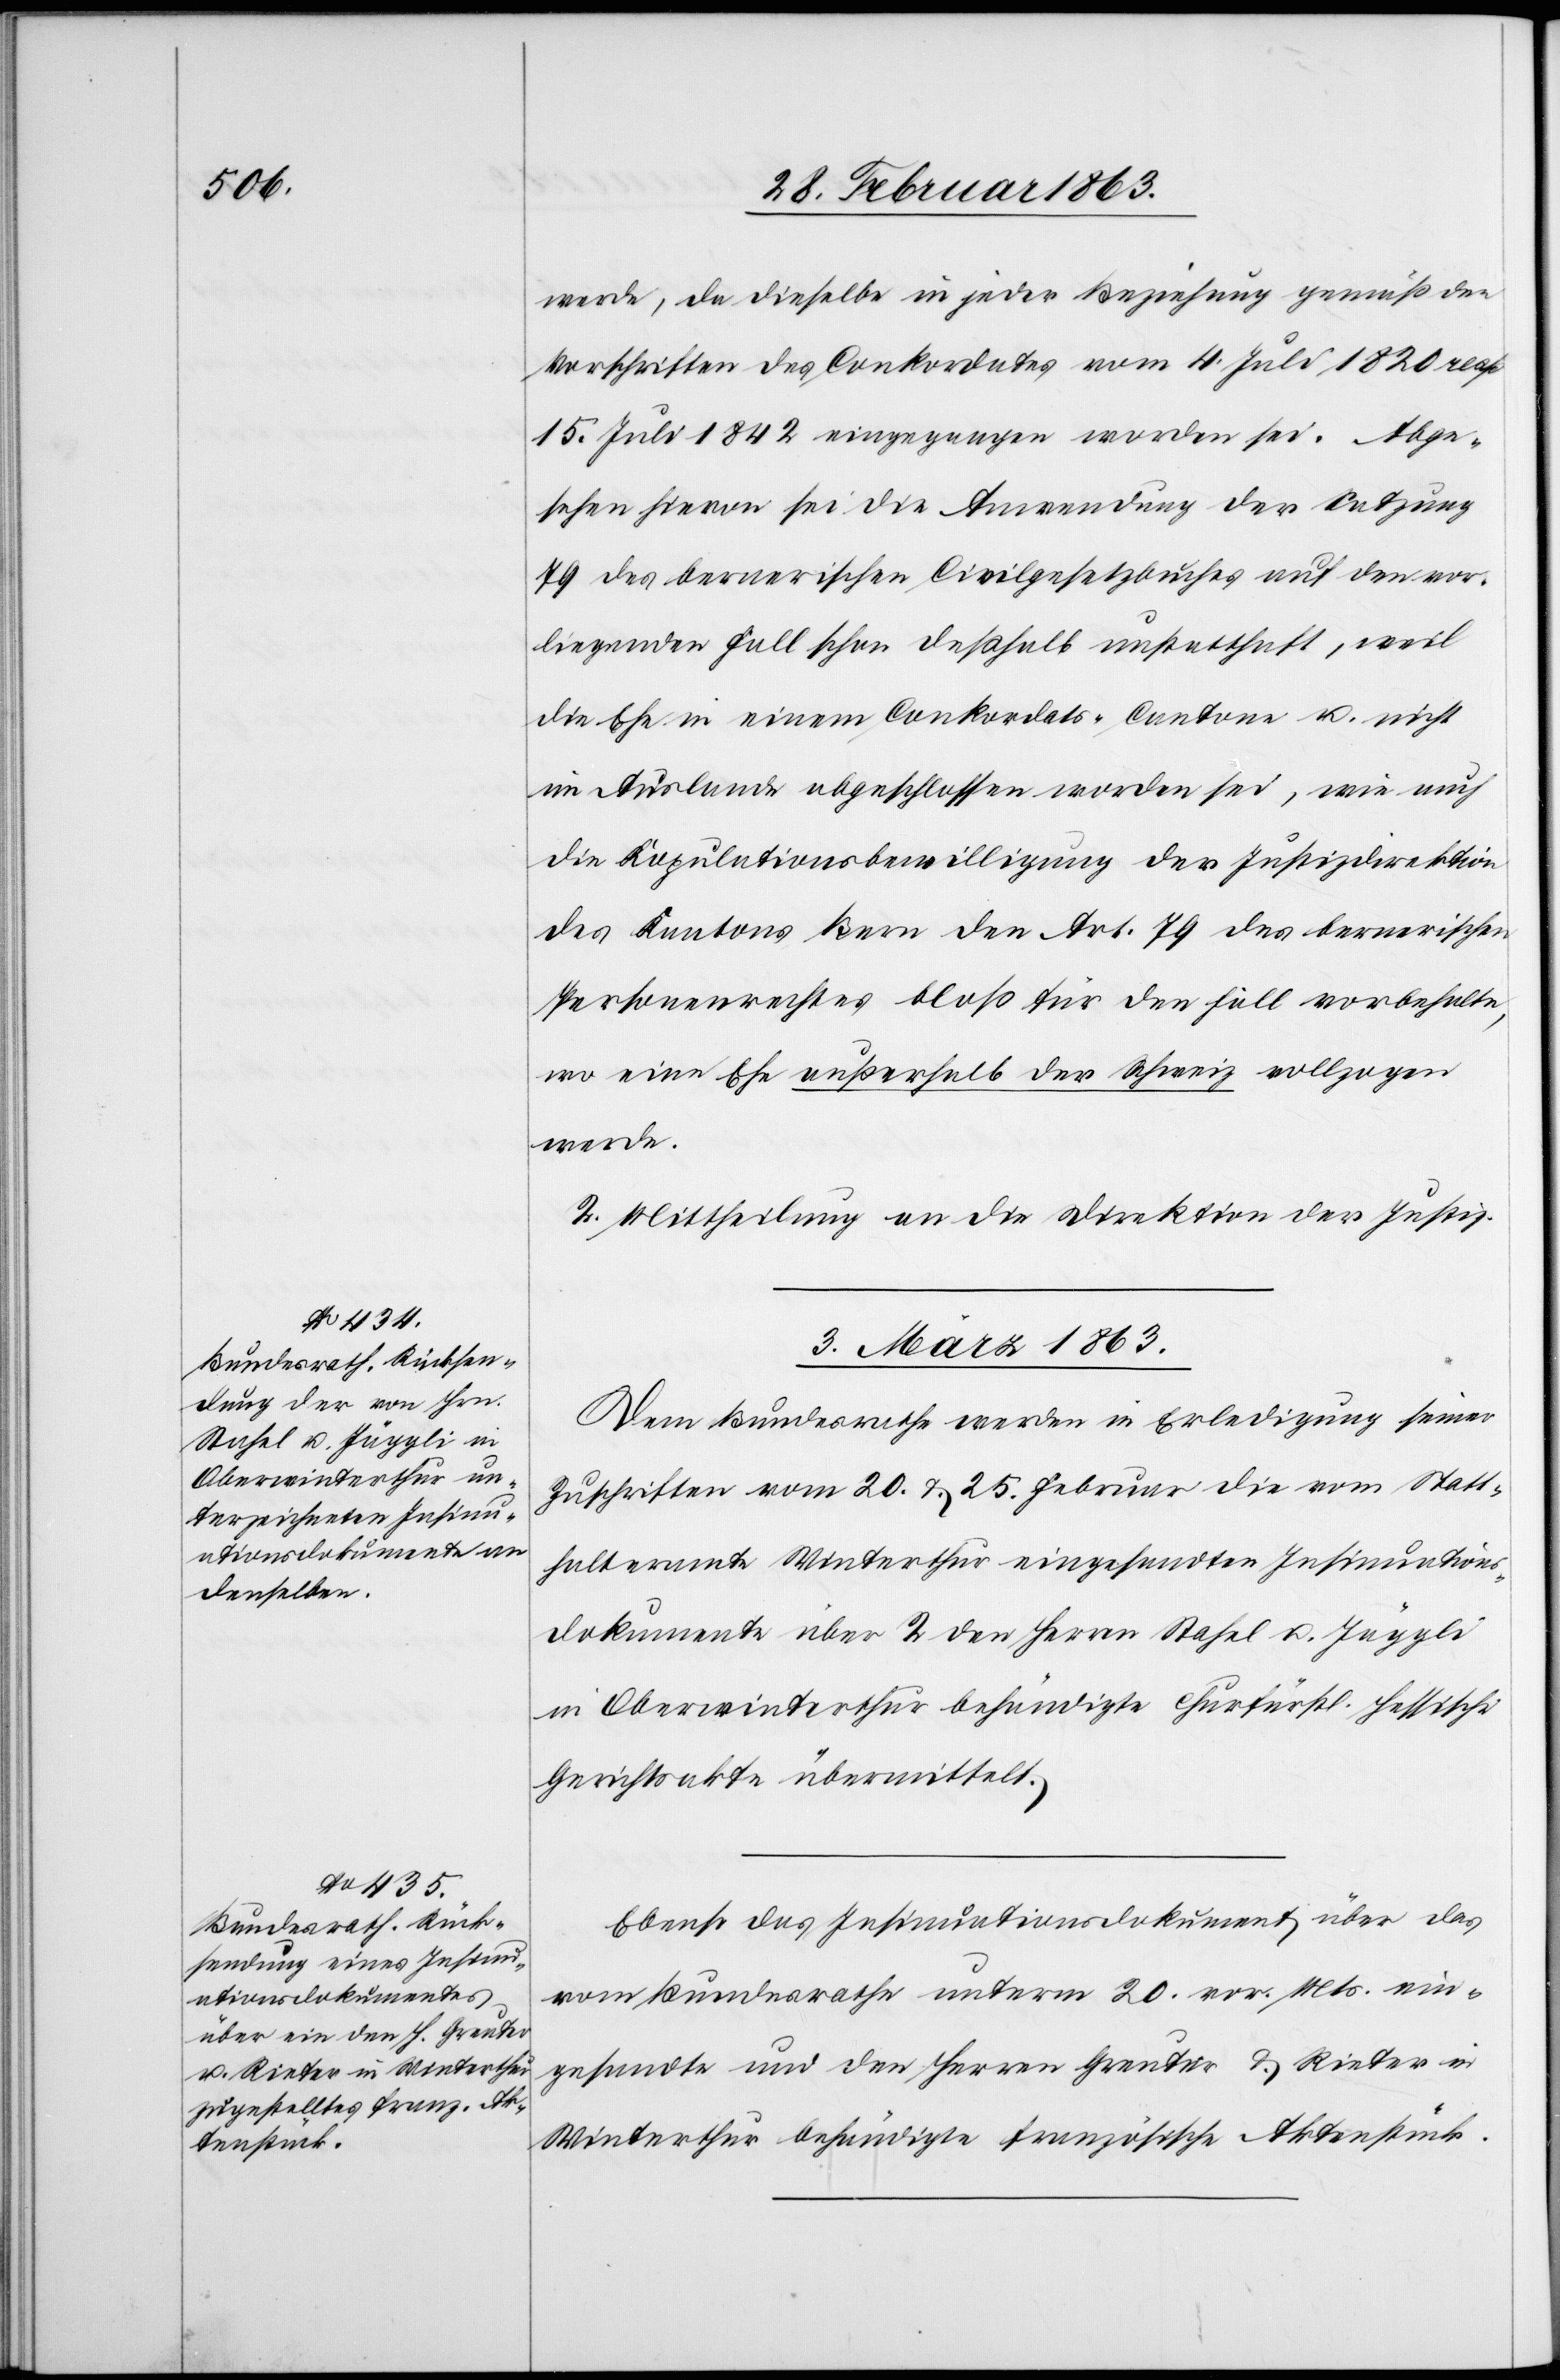
werde, da dieselbe in jeder Beziehung gemäß den
Vorschriften des Conkordates vom 4. Juli 1820 resp
15. Juli 1842 eingegangen worden sei. Abge¬
sehen hievon sei die Anwendung der Satzung
79 des bernerischen Civilgesetzbuches auf den vor¬
liegenden Fall schon deßhalb unstatthaft, weil
die Ehe in einem Conkordats-Cantone u. nicht
im Auslande abgeschlossen worden sei, wie auch
die Kopulationsbewilligung der Justizdirektion
des Kantons Bern den Art. 79 des bernerischen
Personenrechtes bloß für den Fall vorbehalte,
wo eine Ehe außerhalb der Schweiz vollzogen
werde.
2. Mittheilung an die Direktion der Justiz.
3. März 1863.]
Dem Bundesrathe werden in Erledigung seiner
Zuschriften vom 20. & 25. Februar die vom Statt¬
halteramte Winterthur eingesandten Insinuations¬
dokumente über 2 den Herren Stahel u. Jäggli
in Oberwinterthur behändigte Churfürstl. Hessische
Gerichtsakte übermittelt.
Ebenso das Insinuationsdokument über das
vom Bundesrathe unterm 20. vor. Mts. ein¬
gesandte und den Herren Greuter & Rieter in
Winterthur behändigte französische Aktenstück.